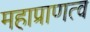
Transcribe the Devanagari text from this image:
महाप्राणत्व